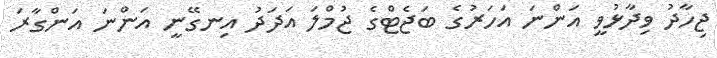
ޖިހާދު ވިދާޅުވީ އަންނަ އަހަރުގެ ބަޖެޓްގެ ޖުމްލަ އަދަދު އިނގޭނީ އަންނަ އަންގާރަ